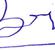
Signature authenticity: forged